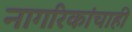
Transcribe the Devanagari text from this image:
नागरिकांचाही